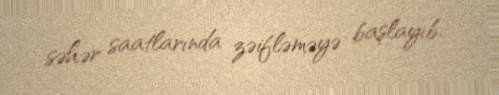
səhər saatlarında zəifləməyə başlayıb.